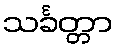
သင်္ခတ္တာ